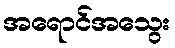
အရောင်အသွေး